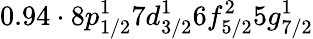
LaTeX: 0.94\cdot 8p_{1/2}^{1}7d_{3/2}^{1}6f_{5/2}^{2}5g_{7/2}^{1}